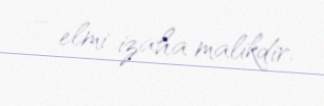
– elmi izaha malikdir.